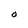
Character: 0